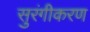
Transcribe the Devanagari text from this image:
सुरंगीकरण